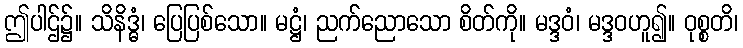
ဤပါဌ်၌။ သိနိဒ္ဓံ၊ ပြေပြစ်သော။ မဋ္ဌံ၊ ညက်ညောသော စိတ်ကို။ မဒ္ဒဝံ၊ မဒ္ဒဝဟူ၍။ ဝုစ္စတိ၊